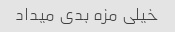
خیلی مزه بدی میداد